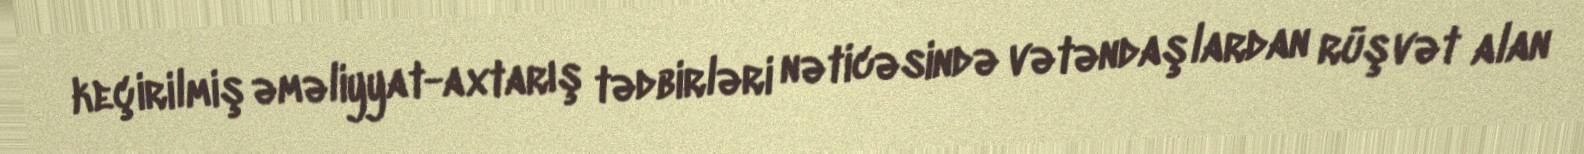
keçirilmiş əməliyyat-axtarış tədbirləri nəticəsində vətəndaşlardan rüşvət alan